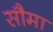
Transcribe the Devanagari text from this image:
सौमा